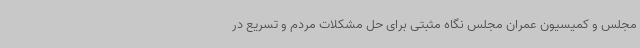
مجلس و کمیسیون عمران مجلس نگاه مثبتی برای حل مشکلات مردم و تسریع در